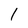
Character: 1